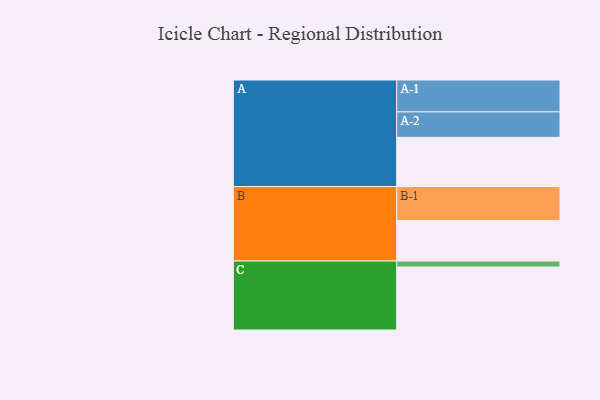
{"axis": {"x": "Segment", "y": "Value"}, "legend": ["", "A", "B", "C"], "data": [{"x": "A", "y": 431, "type": ""}, {"x": "B", "y": 354, "type": ""}, {"x": "C", "y": 551, "type": ""}, {"x": "A-1", "y": 279, "type": "A"}, {"x": "A-2", "y": 223, "type": "A"}, {"x": "B-1", "y": 298, "type": "B"}, {"x": "C-1", "y": 53, "type": "C"}]}